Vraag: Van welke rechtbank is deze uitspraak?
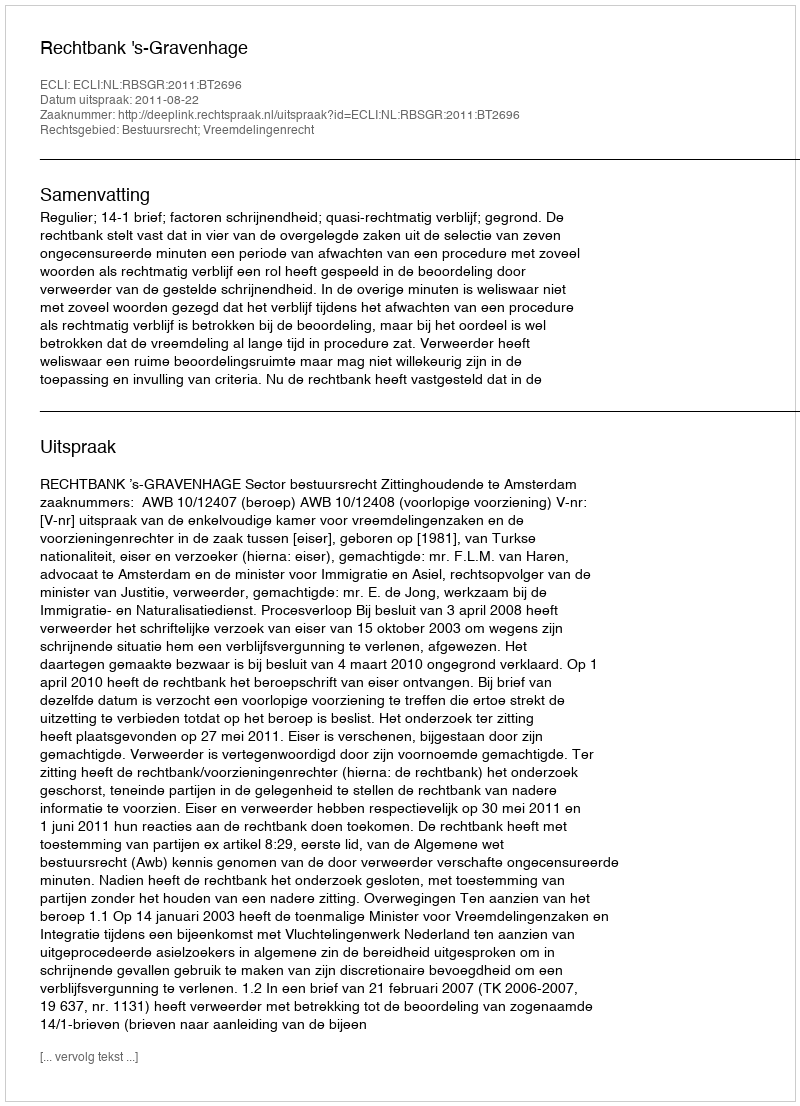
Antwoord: Rechtbank 's-Gravenhage